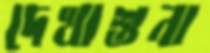
দেখাশুনা